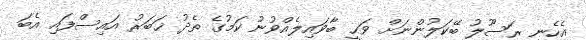
އެހެނީ ރަސޫލު ބޭކަލުންނަށް ވަޙީ ބާވައިލެއްވުނު ކަމުގެ ތެދު ޚަބަރު އައިސްފައި އެބަ